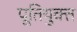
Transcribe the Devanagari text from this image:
पूतियुक्त